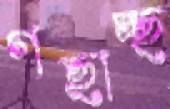
গছাচ্ছ